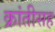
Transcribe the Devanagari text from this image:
क्रांतीसह